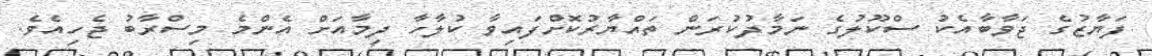
ފަޔާޒުގެ ޖަވާބާއެކު ސްކޫލުގެ ނަމާދުކުރަން ތައްޔާރުކޮށްފައިވާ ކުލާހާ ދިމާއަށް އެންމެ މިސްރާބު ޖެހިއެވެ.